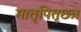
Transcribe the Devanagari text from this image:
मातृपितृछत्र